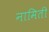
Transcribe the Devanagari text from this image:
नामिती